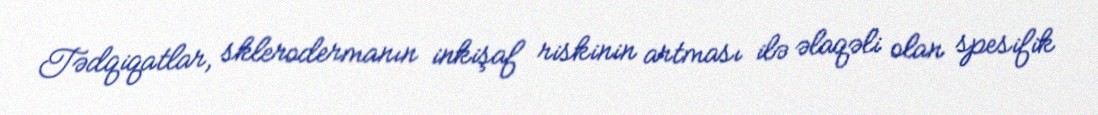
Tədqiqatlar, sklerodermanın inkişaf riskinin artması ilə əlaqəli olan spesifik